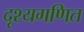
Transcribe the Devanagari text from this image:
दृश्यगणित